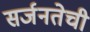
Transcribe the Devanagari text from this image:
सर्जनतेची